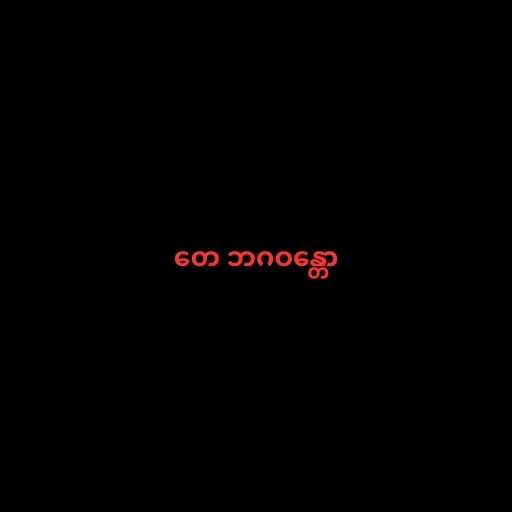
တေ ဘဂဝန္တော